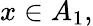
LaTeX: x\in A_{1},